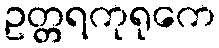
ဥတ္တရကုရုကေ